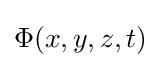
\Phi (x,y,z,t)